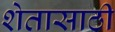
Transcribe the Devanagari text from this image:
शेतासाठी